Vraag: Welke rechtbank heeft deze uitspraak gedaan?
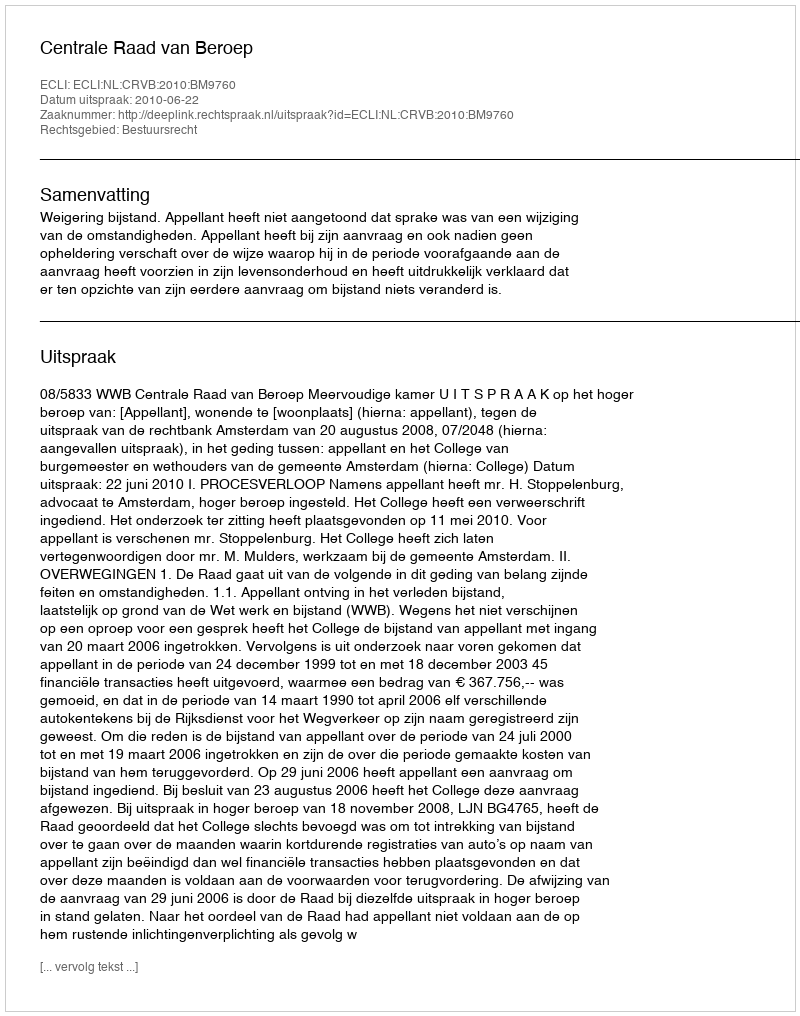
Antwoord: Centrale Raad van Beroep